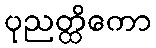
ပုညတ္ထိကော